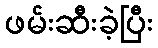
ဖမ်းဆီးခဲ့ပြီး